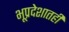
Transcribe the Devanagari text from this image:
भूप्रदेशातही